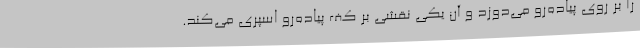
را بر روی پیاده‌رو می‌دوزد و آن یکی نقشی بر کف پیاده‌رو اسپری می‌کند.